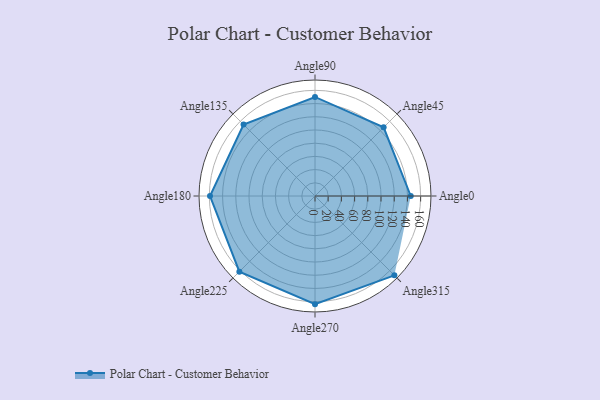
{"axis": {"x": "Angle", "y": "Radius"}, "legend": [""], "data": [{"x": "Angle0", "y": 145.0, "type": ""}, {"x": "Angle45", "y": 147.0, "type": ""}, {"x": "Angle90", "y": 150.0, "type": ""}, {"x": "Angle135", "y": 153.0, "type": ""}, {"x": "Angle180", "y": 159.0, "type": ""}, {"x": "Angle225", "y": 162.0, "type": ""}, {"x": "Angle270", "y": 164.0, "type": ""}, {"x": "Angle315", "y": 170, "type": ""}]}